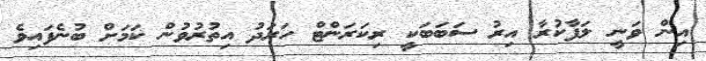
އިން ވަނީ ލަފާކުރާ އިރު ސަބަބަކީ ރިކަރަންޓް ހަރަދު އިތުރުވުން ކަމަށް ބުނެފައިވެ